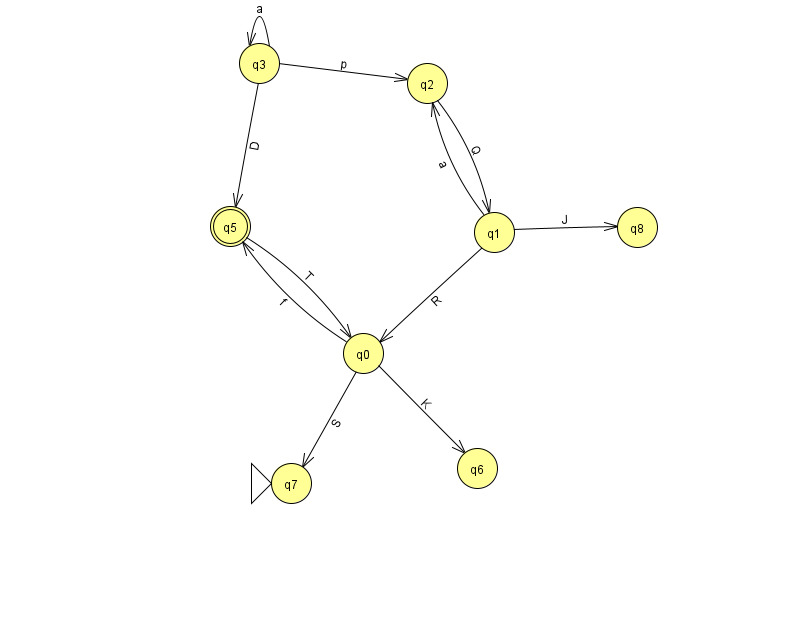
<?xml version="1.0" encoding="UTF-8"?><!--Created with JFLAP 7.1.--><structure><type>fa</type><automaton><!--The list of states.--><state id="0" name="q0"><x>363.0</x><y>340.0</y></state><state id="1" name="q1"><x>494.0</x><y>219.0</y></state><state id="2" name="q2"><x>427.0</x><y>70.0</y></state><state id="3" name="q3"><x>259.0</x><y>50.0</y></state><state id="5" name="q5"><x>230.0</x><y>213.0</y><final/></state><state id="6" name="q6"><x>477.0</x><y>455.0</y></state><state id="7" name="q7"><x>291.0</x><y>470.0</y><initial/></state><state id="8" name="q8"><x>637.0</x><y>214.0</y></state><!--The list of transitions.--><transition><from>3</from><to>3</to><read>a</read></transition><transition><from>3</from><to>5</to><read>D</read></transition><transition><from>1</from><to>2</to><read>a</read></transition><transition><from>2</from><to>1</to><read>Q</read></transition><transition><from>0</from><to>7</to><read>S</read></transition><transition><from>5</from><to>0</to><read>T</read></transition><transition><from>1</from><to>0</to><read>R</read></transition><transition><from>0</from><to>5</to><read>f</read></transition><transition><from>3</from><to>2</to><read>p</read></transition><transition><from>0</from><to>6</to><read>K</read></transition><transition><from>1</from><to>8</to><read>J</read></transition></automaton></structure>